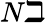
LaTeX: N\beth